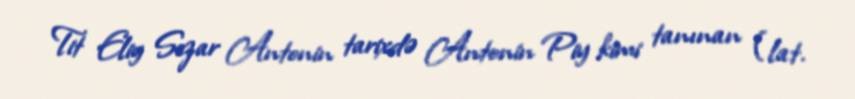
Tit Eliy Sezar Antonin tarixdə Antonin Piy kimi tanınan (lat.